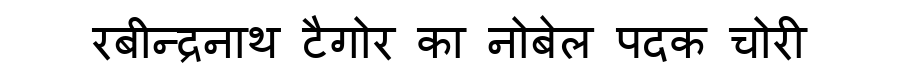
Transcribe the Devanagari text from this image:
रबीन्द्रनाथ टैगोर का नोबेल पदक चोरी